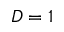
D = 1